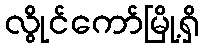
လွိုင်ကော်မြို့ရှိ